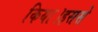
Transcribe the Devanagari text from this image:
किया।इससे